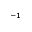
^ { - 1 }